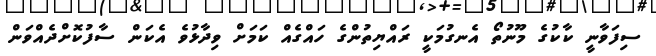
ސިފަވާނީ ކާކުގެ މޫނުތޯ އެނގުމަކީ ރައްޔިތުންގެ ހައްގެއް ކަމަށް ވިދާޅުވެ އެކަން ސާފުކޮށްދެއްވަން